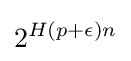
2^{H(p+\epsilon )n}